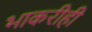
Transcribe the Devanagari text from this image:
भाकरीही